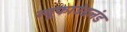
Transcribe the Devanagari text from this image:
न्यूफाउंडलंड